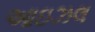
આઇઝલ